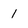
Character: 1